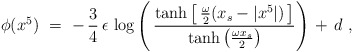
\begin{align*}\phi(x^5)\ =\ -\, \frac{3}{4}\, \epsilon\, \log \left(\, \frac{\tanh \left[\, \frac{\omega}{2} (x_s - |x^5|)\, \right]} {\tanh \left( \frac{\omega x_s}{2} \right)} \right)\, +\, d\ ,\end{align*}